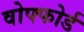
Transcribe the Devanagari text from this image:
वोफ्फोर्ड